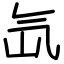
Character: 氙